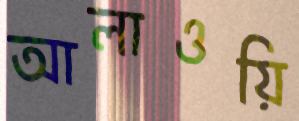
আলাওয়ি